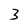
Character: 3